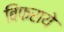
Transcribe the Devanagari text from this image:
बिफराये